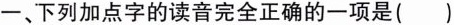
一、下列加点字的读音完全正确的一项是( )